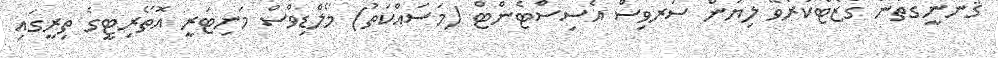
ޤާނޫނީގޮތުން ގެޒެޓްކުރެވޭ ލިޔުން ސަރވިސް އެސިސްޓެންޓް (މަސައްކަތު) މޯލްޑިވްސް މަނިޓަރީ އޮތޯރިޓީގެ ތިރީގައި